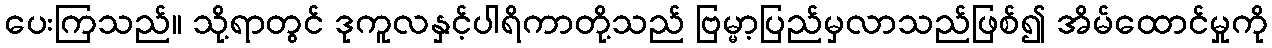
ပေးကြသည်။ သို့ရာတွင် ဒုကူလနှင့်ပါရိကာတို့သည် ဗြမ္မာ့ပြည်မှလာသည်ဖြစ်၍ အိမ်ထောင်မှုကို